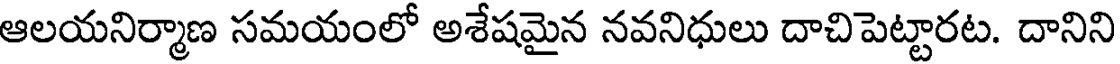
ఆలయనిర్మాణ సమయంలో అశేషమైన నవనిధులు దాచిపెట్టారట. దానిని